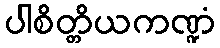
ပါစိတ္တိယကဏ္ဍံ